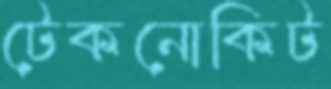
টেকনোকিট